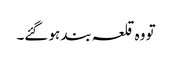
تو وہ قلعہ بند ہو گئے۔